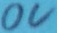
Text: 0V